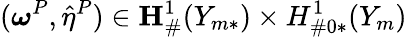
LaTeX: (\boldsymbol{\omega}^{P},\hat{\eta}^{P})\in{\mathbf{H}}_{\# }^{1}(Y_{m*})\times H_{\# 0*}^{1}(Y_{m})